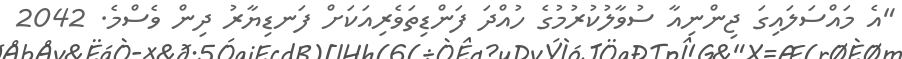
"އެ މައްސަލައިގަ ޖިންނިއާ ސުވާލުކުރުމުގެ ހުއްދަ ފަންޑިތަވެރިއަކަށް ފަނޑިޔާރު ދިން ވެސްމެ. 2042